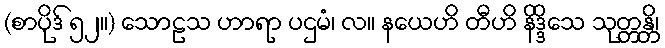
(စာပိုဒ် ၅၂။) သောဠသ ဟာရာ ပဌမံ၊ လ။ နယေဟိ တီဟိ နိဒ္ဒိသေ သုတ္တန္တိ၊